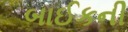
બાઈકની